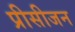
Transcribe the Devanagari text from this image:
प्रीसीजन